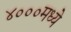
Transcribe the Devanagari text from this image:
४०००मध्ये